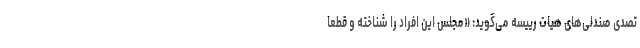
تصدی صندلی‌های هیات رییسه می‌گوید: «مجلس این افراد را شناخته و قطعا